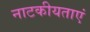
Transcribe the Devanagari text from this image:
नाटकीयताएं